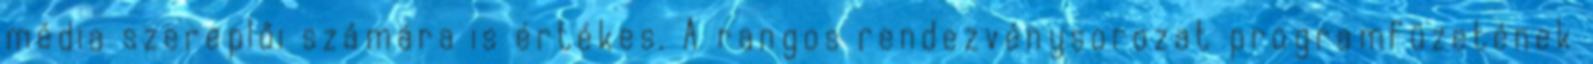
média szereplői számára is értékes. A rangos rendezvénysorozat programfüzetének